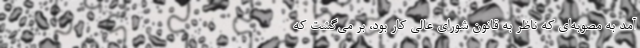
آمد به مصوبه‌ای که ناظر به قانون شورای عالی کار بود، بر می‌گشت که